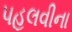
પહલવીના